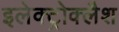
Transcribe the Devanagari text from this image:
इलेक्ट्रोक्लैश